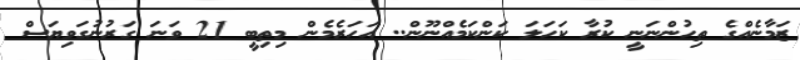
ޒަމާނެއްގެ ތިހުންނަނީ ކުރާ ކަހަލަ ކަންކަމެއްނޫން.. އަހަރެމެން މިތިބީ 21 ވަނަ ގަރުނުގަވިޔަސް